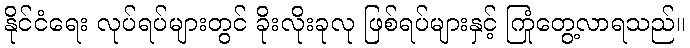
နိုင်ငံရေး လုပ်ရပ်များတွင် ခိုးလိုးခုလု ဖြစ်ရပ်များနှင့် ကြုံတွေ့လာရသည်။